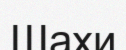
Шахи